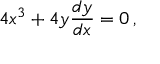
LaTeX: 4 x ^ { 3 } + 4 y { \frac { d y } { d x } } = 0 \, ,